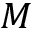
M